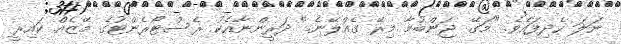
ނަލަ ހެދިފައެވެ. "މަގޭ ޖަންބުމާ މިރޭ ގެއްލޭނެ." ދަރީންނާއެކު ރެސްޓޯރެންޓުގެ މޭޒެއް ކައިރީ